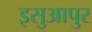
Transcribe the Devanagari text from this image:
इसुआपुर